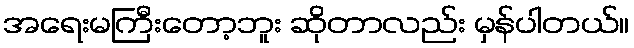
အရေးမကြီးတော့ဘူး ဆိုတာလည်း မှန်ပါတယ်။